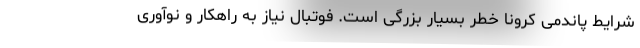
شرایط پاندمی کرونا خطر بسیار بزرگی است. فوتبال نیاز به راهکار و نوآوری